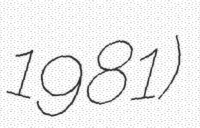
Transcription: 1981)